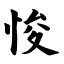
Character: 悛